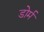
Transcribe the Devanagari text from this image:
डोर्म